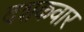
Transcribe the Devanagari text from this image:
दशकवार